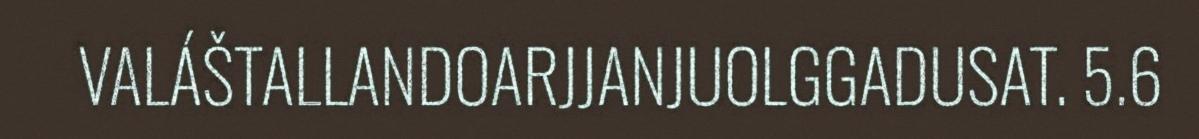
VALÁŠTALLANDOARJJANJUOLGGADUSAT. 5.6